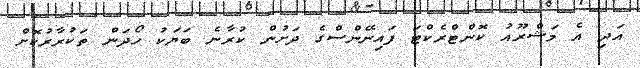
އަދި އެ މަޝްރޫއު ކޮންޓްރެކްޓަ ފައިނޭންސްގެ ދަށުން ކުރާނެ ބަޔަކު ހޯދަން ތަކުރާރުކޮށް